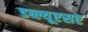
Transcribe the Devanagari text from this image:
डब्ल्यूएसए